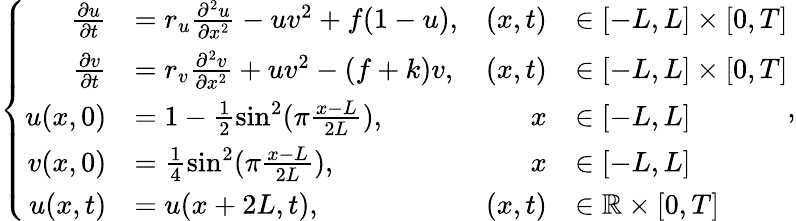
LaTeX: \left\{ \begin{array}{rlrl}{\frac{\partial u}{\partial t}}&{=r_{u}\frac{\partial^{2}u}{\partial x^{2}}-uv^{2}+f(1-u),}&{(x,t)}&{\in[-L,L]\times[0,T]}\\ {\frac{\partial v}{\partial t}}&{=r_{v}\frac{\partial^{2}v}{\partial x^{2}}+uv^{2}-(f+k)v,}&{(x,t)}&{\in[-L,L]\times[0,T]}\\ {u(x,0)}&{=1-\frac{1}{2}\sin^{2}(\pi\frac{x-L}{2L}),}&{x}&{\in[-L,L]}\\ {v(x,0)}&{=\frac{1}{4}\sin^{2}(\pi\frac{x-L}{2L}),}&{x}&{\in[-L,L]}\\ {u(x,t)}&{=u(x+2L,t),}&{(x,t)}&{\in\mathbb{R}\times[0,T]}\end{array}\right.,